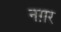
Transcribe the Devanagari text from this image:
नग़र